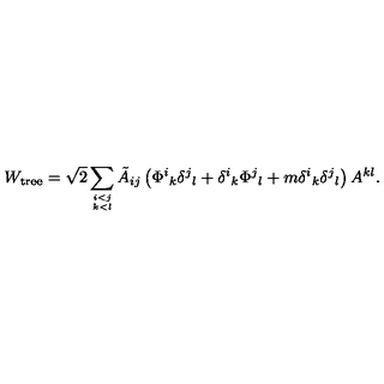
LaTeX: W _ { \mathrm { t r e e } } = \sqrt { 2 } \sum _ { i < j \atop k < l } \tilde { A } _ { i j } \left( \Phi ^ { i } { } _ { k } \delta ^ { j } { } _ { l } + \delta ^ { i } { } _ { k } \Phi ^ { j } { } _ { l } + m \delta ^ { i } { } _ { k } \delta ^ { j } { } _ { l } \right) A ^ { k l } .